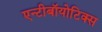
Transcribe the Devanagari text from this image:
एन्टीबॉयोटिक्स